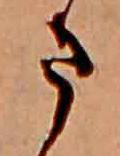
ま